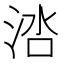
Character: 𬇱